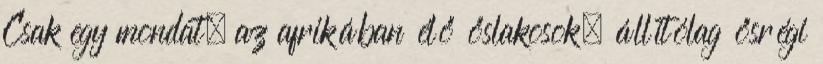
Csak egy mondat, az afrikában élő őslakosok, állítólag ősrégi